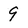
Character: 9